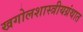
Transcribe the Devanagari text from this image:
खगोलशास्त्रीयग्रंथात